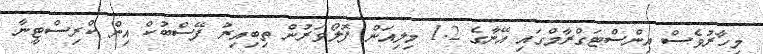
މިހާރުވެސް އިންސްޓަގްރާމްގައި އޭނާގެ 1.2 މިލިއަން ފޮލޯވަރުން ތިބިއިރު ފޭސްބުކް އިން ކްރިސްޓީނާ